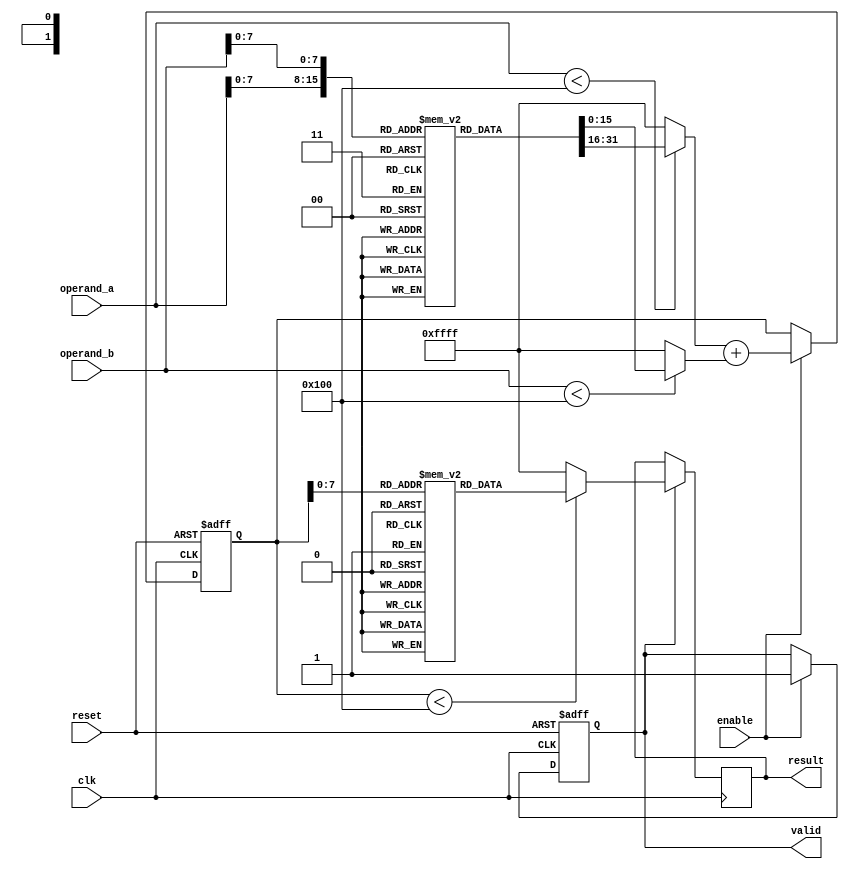
module LogarithmicMultiplier (
    input wire clk,
    input wire reset,
    input wire enable,
    input wire [15:0] operand_a, // Fixed-point input A
    input wire [15:0] operand_b, // Fixed-point input B
    output reg [15:0] result,     // Fixed-point result
    output reg valid               // Output valid signal
);

    // Parameters for LUT size and log base
    parameter LUT_SIZE = 256;
    reg [15:0] log_lut [0:LUT_SIZE-1]; // Logarithm LUT
    reg [15:0] exp_lut [0:LUT_SIZE-1]; // Exponential LUT

    // Internal signals
    reg [15:0] log_a, log_b, log_sum;
    reg [15:0] exp_result;

    // Initialize LUTs (this should be filled with actual log/exp values)
    initial begin
        // Populate log_lut and exp_lut with appropriate values
        // Example: log_lut[i] = log2(i) in fixed-point representation
        // Example: exp_lut[i] = 2^i in fixed-point representation
    end

    // Logarithmic conversion
    always @(*) begin
        if (operand_a < LUT_SIZE) 
            log_a = log_lut[operand_a];
        else
            log_a = 16'hFFFF; // Handle out of range (e.g., overflow)

        if (operand_b < LUT_SIZE) 
            log_b = log_lut[operand_b];
        else
            log_b = 16'hFFFF; // Handle out of range (e.g., overflow)
    end

    // Adder for logarithmic values
    always @(posedge clk or posedge reset) begin
        if (reset) begin
            log_sum <= 16'b0;
            valid <= 1'b0;
        end else if (enable) begin
            log_sum <= log_a + log_b; // Addition in logarithmic domain
            valid <= 1'b1;
        end
    end

    // Exponential conversion
    always @(*) begin
        if (log_sum < LUT_SIZE) 
            exp_result = exp_lut[log_sum];
        else
            exp_result = 16'hFFFF; // Handle out of range (e.g., overflow)
    end

    // Output result
    always @(posedge clk) begin
        if (valid) begin
            result <= exp_result; // Convert back to linear domain
        end
    end

endmodule